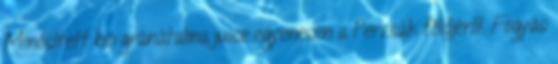
Minősített bio gránátalma juice egyenesen a Perzsák földjéről. Fogyás